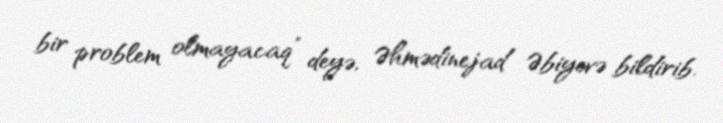
bir problem olmayacaq” deyə, Əhmədinejad Əbiyevə bildirib.